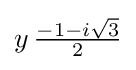
y\,{\tfrac {-1-i{\sqrt {3}}}{2}}